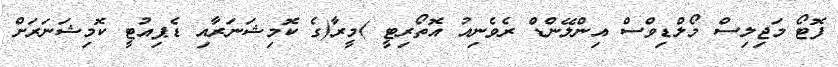
ފޮޓޯ މަޖިލިސް މޯލްޑިވްސް އިންލޭންޑް ރެވެނިއު އޮތޯރިޓީ )މީރާ(ގެ ކޮމިޝަނަރާއި ޑެޕިއުޓީ ކޮމިޝަނަރަށް